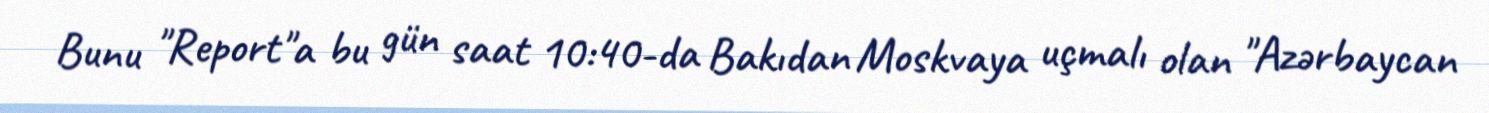
Bunu "Report"a bu gün saat 10:40-da Bakıdan Moskvaya uçmalı olan "Azərbaycan